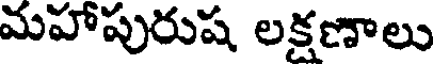
మహాపురుష లక్షణాలు